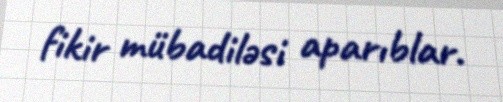
fikir mübadiləsi aparıblar.